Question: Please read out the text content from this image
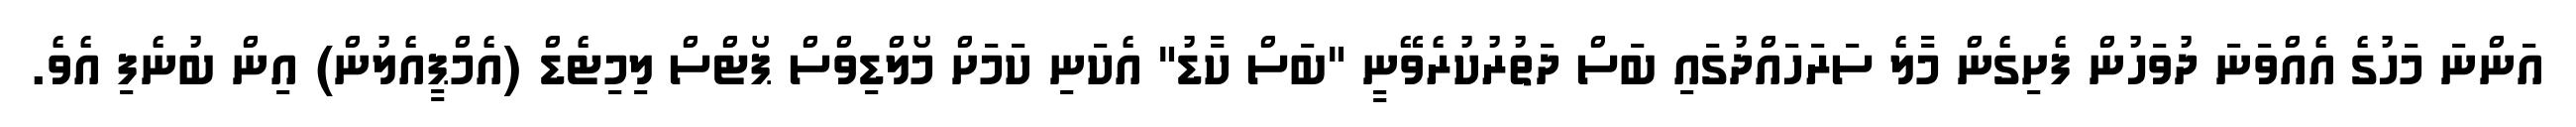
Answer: އަންނަ މަހުގެ އެއްވަނަ ދުވަހުން ފެށިގެން މާލެ ސަރަހައްދުގައި ބަސް ދަތުރުކުރެވޭނީ "ބަސް ކާޑު" އެކަނި ކަމަށް މޯލްޑިވްސް ޕޯޓްސް ލިމިޓެޑް (އެމްޕީއެލުން) އިން ބުނެފި އެވެ.